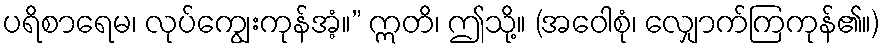
ပရိစာရေမ၊ လုပ်ကျွေးကုန်အံ့။” ဣတိ၊ ဤသို့။ (အဝေါစုံ၊ လျှောက်ကြကုန်၏။)